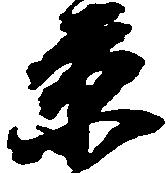
京